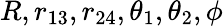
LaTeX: R,r_{13},r_{24},\theta_{1},\theta_{2},\phi